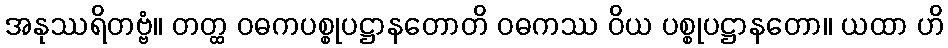
အနုဿရိတဗ္ဗံ။ တတ္ထ ဝဓကပစ္စုပဋ္ဌာနတောတိ ဝဓကဿ ဝိယ ပစ္စုပဋ္ဌာနတော။ ယထာ ဟိ